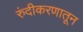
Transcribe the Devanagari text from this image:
रुंदीकरणातून